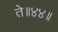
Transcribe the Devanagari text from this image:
ते॥४४॥